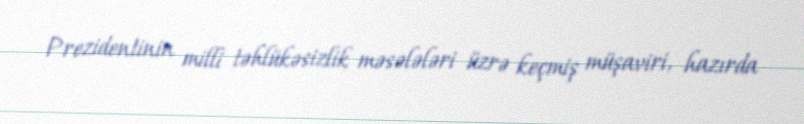
Prezidentinin milli təhlükəsizlik məsələləri üzrə keçmiş müşaviri, hazırda